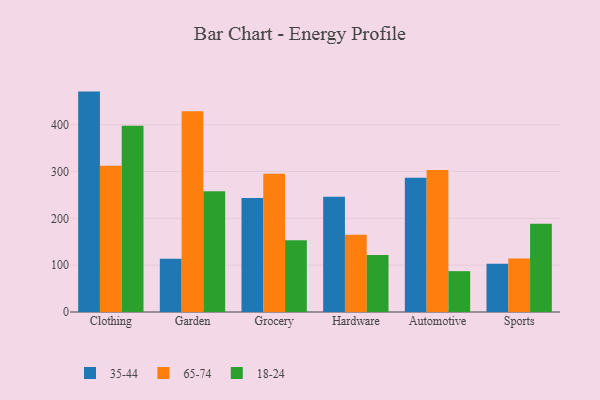
{"axis": {"x": "Category", "y": "Shipments"}, "legend": ["18-24", "35-44", "65-74"], "data": [{"x": "Clothing", "y": 470.6, "type": "35-44"}, {"x": "Clothing", "y": 312.4, "type": "65-74"}, {"x": "Clothing", "y": 397.8, "type": "18-24"}, {"x": "Garden", "y": 113.7, "type": "35-44"}, {"x": "Garden", "y": 428.5, "type": "65-74"}, {"x": "Garden", "y": 258.0, "type": "18-24"}, {"x": "Grocery", "y": 243.6, "type": "35-44"}, {"x": "Grocery", "y": 295.1, "type": "65-74"}, {"x": "Grocery", "y": 153.2, "type": "18-24"}, {"x": "Hardware", "y": 245.9, "type": "35-44"}, {"x": "Hardware", "y": 165.1, "type": "65-74"}, {"x": "Hardware", "y": 121.8, "type": "18-24"}, {"x": "Automotive", "y": 286.7, "type": "35-44"}, {"x": "Automotive", "y": 303.1, "type": "65-74"}, {"x": "Automotive", "y": 87.2, "type": "18-24"}, {"x": "Sports", "y": 103.2, "type": "35-44"}, {"x": "Sports", "y": 114.5, "type": "65-74"}, {"x": "Sports", "y": 188.2, "type": "18-24"}]}